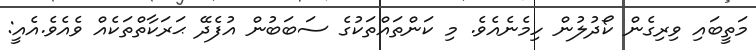
މަތީބައި ވިރިގެން ކޯދުލުން ހިމެނެއެވެ. މި ކަންތައްތަކުގެ ސަބަބުން އުފެދޭ ޙަރަކާތްތަކެއް ވެއެވެ.އެއީ: